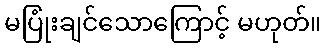
မပြုံးချင်သောကြောင့် မဟုတ်။